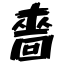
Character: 嗇